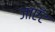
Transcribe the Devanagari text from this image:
जाएँट